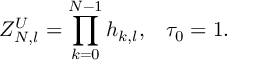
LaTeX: Z _ { N , l } ^ { U } = \prod _ { k = 0 } ^ { N - 1 } h _ { k , l } , \; \; \; \tau _ { 0 } = 1 .